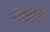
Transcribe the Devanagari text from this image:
य्लिओपिसटो